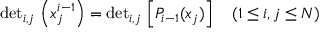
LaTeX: \mathrm { d e t } _ { i , j } \, \left( x _ { j } ^ { i - 1 } \right) = \mathrm { d e t } _ { i , j } \, \left[ P _ { i - 1 } ( x _ { j } ) \right] \quad ( 1 \leq i , j \leq N )